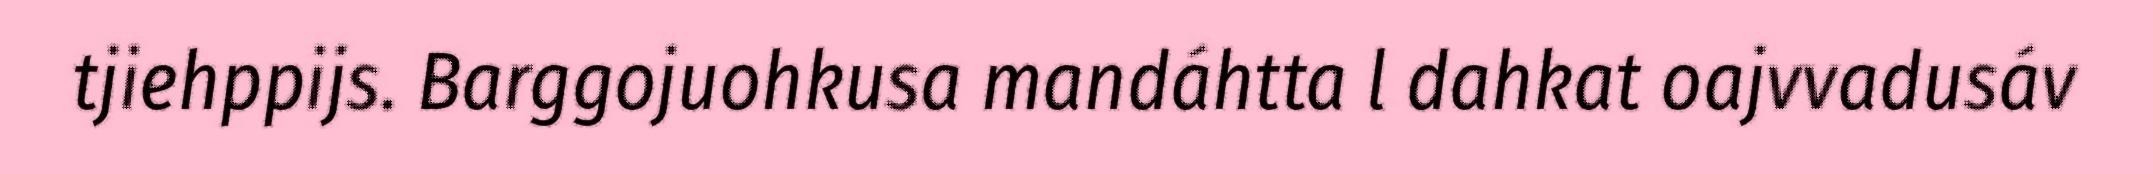
tjiehppijs. Barggojuohkusa mandáhtta l dahkat oajvvadusáv